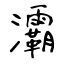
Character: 灞